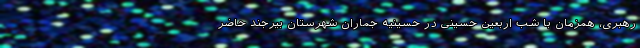
رهبری، همزمان با شب اربعین حسینی در حسینیه جماران شهرستان بیرجند حاضر